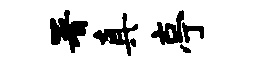
署真亭